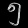
Digit: ၅